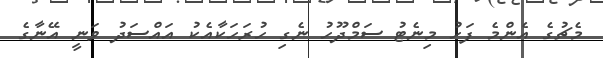
މެޗުގެ އެންމެ ފަހު މިނެޓު ސަމްދޫހު ނެގި ހުރަހަކާއެކު އައްސަދު ވަނީ އޭނާގެ